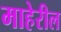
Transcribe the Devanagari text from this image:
माहेरील